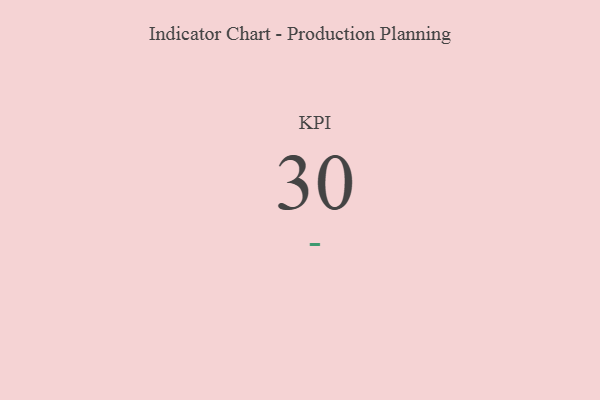
{"axis": {"x": "KPI", "y": "Value"}, "legend": [""], "data": [{"x": "KPI", "y": 30, "type": ""}]}